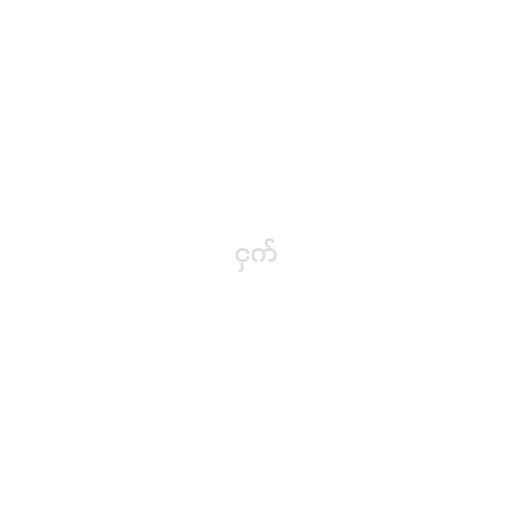
ငှက်